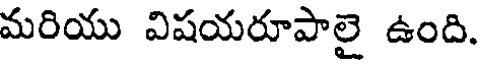
మరియు విషయరూపాలై ఉంది.